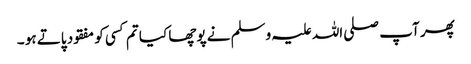
پھر آپ صلی اللہ علیہ وسلم نے پوچھا کیا تم کسی کو مفقود پاتے ہو ۔